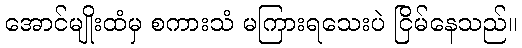
အောင်မျိုးထံမှ စကားသံ မကြားရသေးပဲ ငြိမ်နေသည်။